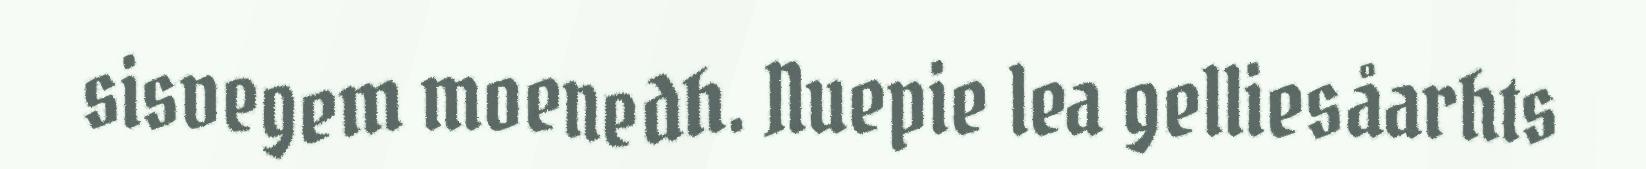
sisvegem moenedh. Nuepie lea gelliesåarhts